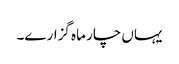
یہاں چار ماہ گزارے۔